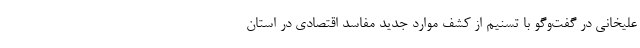
علیخانی در گفت‌وگو با تسنیم از کشف موارد جدید مفاسد اقتصادی در استان